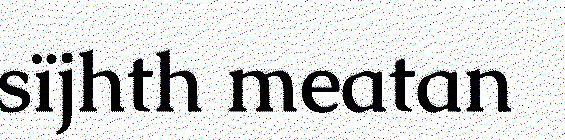
sïjhth meatan